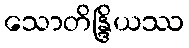
သောတိန္ဒြိယဿ